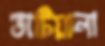
ভাটিয়ালা